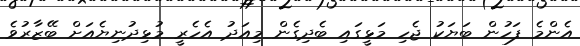
އެންމެ ފަހުން ބަޔަކު ޖެހި މަޅީގައި ބެދިގެން މިއަދު އެހެރީ މުޅިދުނިޔެއަށް ބޭޒާރުވެ